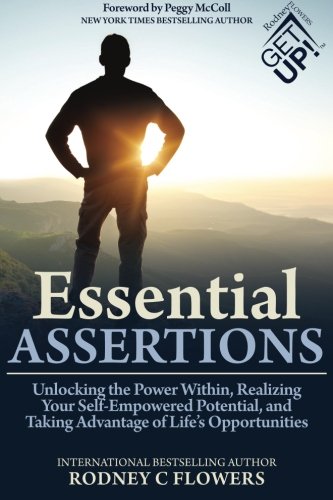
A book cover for Essential Assertions: Unlocking the Power Within, Realizing Your Self-Empowered Potential, and Taking Advantage of Life's Opportunities; Rodney C. Flowers; Self-Help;